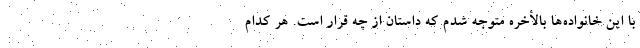
با این خانواده‌ها بالأخره متوجه شدم که داستان از چه قرار است. هر کدام